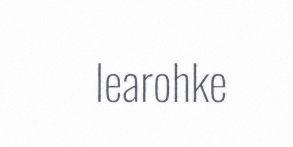
learohke